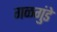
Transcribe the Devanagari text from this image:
गळगुंडे